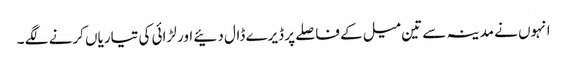
انہوں نے مدینہ سے تین میل کے فاصلے پر ڈیرے ڈال دئیے اور لڑائی کی تیاریاں کرنے لگے ۔